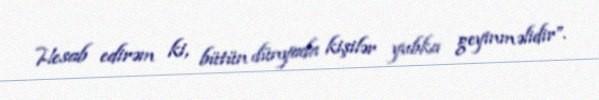
Hesab edirəm ki, bütün dünyada kişilər yubka geyinməlidir”.